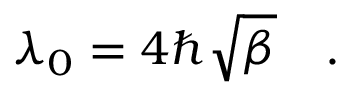
\lambda _ { 0 } = 4 \hbar \sqrt { \beta } \quad .